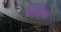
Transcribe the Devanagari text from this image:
बेविक